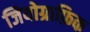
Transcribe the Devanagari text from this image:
जियोग्राफ़िक